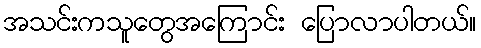
အသင်းကသူတွေအကြောင်း ပြောလာပါတယ်။